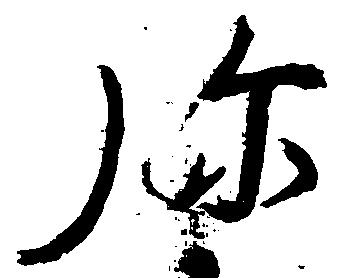
弥